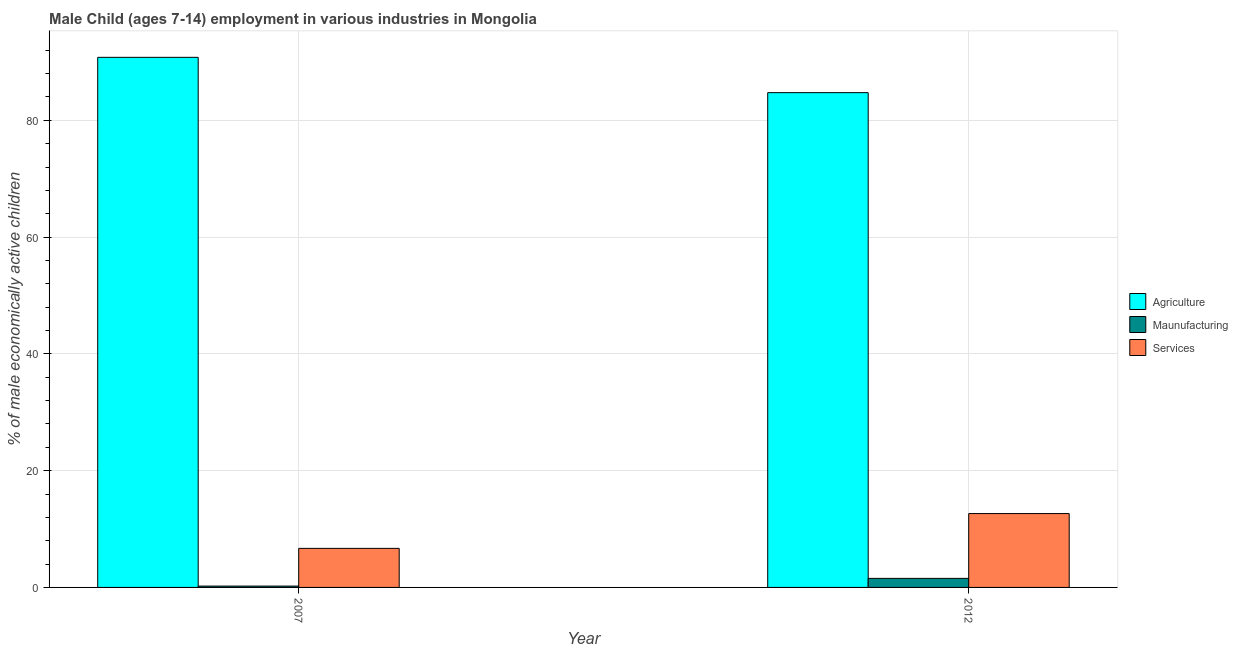
| Year | Agriculture | Maunufacturing | Services |
 | --- | --- | --- | --- |
 | 2007 | 90.8 | 0.23 | 6.69 |
 | 2012 | 84.7 | 1.55 | 12.7 |